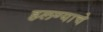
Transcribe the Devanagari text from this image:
हलण्याचे